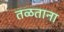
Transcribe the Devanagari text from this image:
तळताना